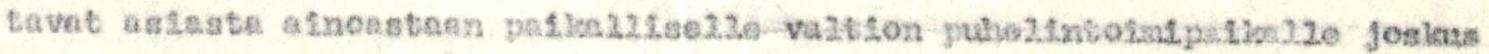
tavat asiasta ainoastaan paikalliselle valtion puhelintoimipaikalle joskus